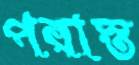
পরাস্ত